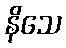
နိသေ